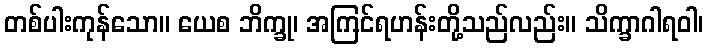
တစ်ပါးကုန်သော။ ယေစ ဘိက္ခု၊ အကြင်ရဟန်းတို့သည်လည်း။ သိက္ခာဂါရဝါ၊